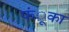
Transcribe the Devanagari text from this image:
फंूका